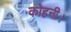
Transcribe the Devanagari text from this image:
कोहनी।